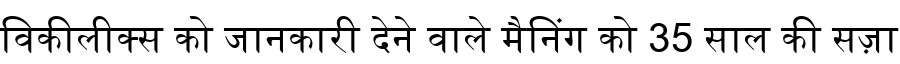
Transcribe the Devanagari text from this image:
विकीलीक्स को जानकारी देने वाले मैनिंग को 35 साल की सज़ा